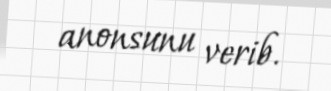
anonsunu verib.